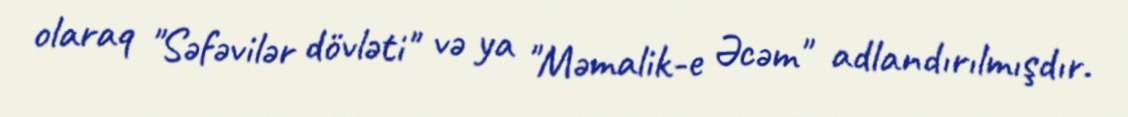
olaraq "Səfəvilər dövləti" və ya "Məmalik-e Əcəm" adlandırılmışdır.